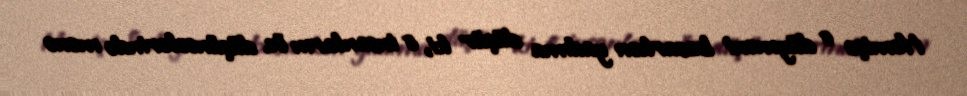
Həmişə o düyməni basarkən yadıma düşür ki, o insanların öz düşüncələrində mənə